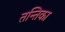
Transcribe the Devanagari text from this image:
तन्तिका